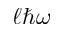
\ell \hbar \omega